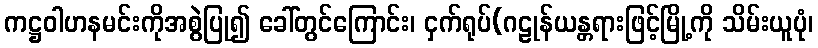
ကဋ္ဌဝါဟနမင်းကိုအစွဲပြု၍ ခေါ်တွင်ကြောင်း၊ ငှက်ရုပ်(ဂဠုန်ယန္တရားဖြင့်မြို့ကို သိမ်းယူပုံ၊